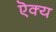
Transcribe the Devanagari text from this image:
ऎक्य